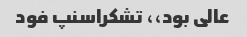
عالی بود،، تشکراسنپ فود